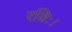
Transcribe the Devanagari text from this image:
रविः।